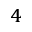
_ 4